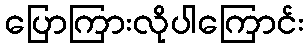
ပြောကြားလိုပါကြောင်း